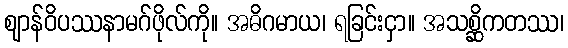
ဈာန်ဝိပဿနာမဂ်ဖိုလ်ကို။ အဓိဂမာယ၊ ရခြင်းငှာ။ အသစ္ဆိကတဿ၊